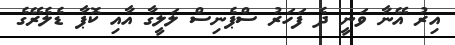
އިރު އޭނާ ވަނީ ދެ ފަހަރު ސްޕެނިސް ލަލީގާ އާއި ކޮޕާ ޑެލެރޭގެ